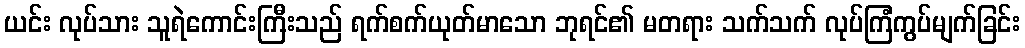
ယင်း လုပ်သား သူရဲကောင်းကြီးသည် ရက်စက်ယုတ်မာသော ဘုရင်၏ မတရား သက်သက် လုပ်ကြံကွပ်မျက်ခြင်း